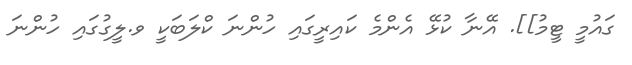
ގައުމީ ޓީމު]]. އޭނާ ކުޅޭ އެންމެ ކައިރީގައި ހުންނަ ކްލަބަކީ ވ.ލީގުގައި ހުންނަ